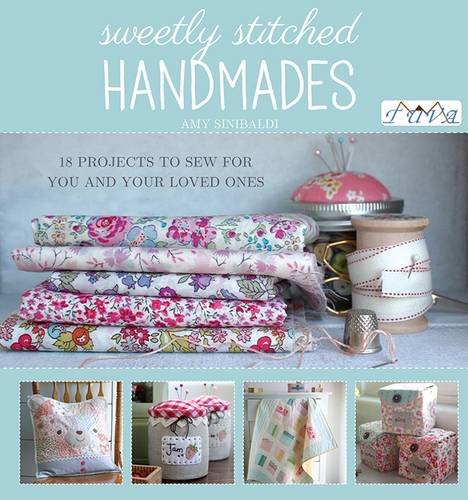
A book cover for Sweetly Stitched Handmades: 18 Projects to Sew for You and Your Loved Ones; Amy Sinibaldi; Crafts, Hobbies & Home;